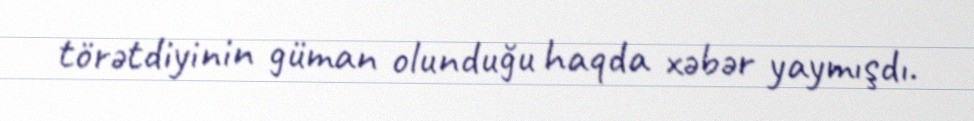
törətdiyinin güman olunduğu haqda xəbər yaymışdı.